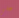
علي